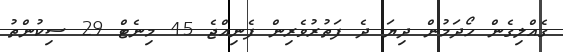
ގެއްލިގެން ހޯދަމުން ދިޔަ ދެ ފަތުރުވެރިން ފެނިއްޖެ 45 މިނެޓް 29 ސިކުންތު